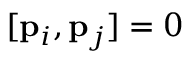
[ { \bf { p } } _ { i } , { \bf { p } } _ { j } ] = 0